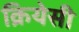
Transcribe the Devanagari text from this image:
क्रियेसी